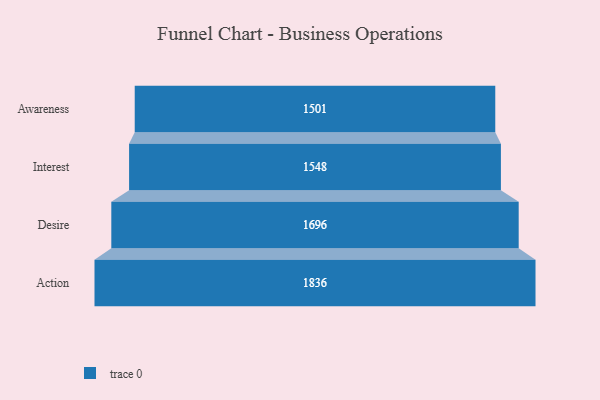
{"axis": {"x": "Stage", "y": "Value"}, "legend": [""], "data": [{"x": "Awareness", "y": 1501.0, "type": ""}, {"x": "Interest", "y": 1548.0, "type": ""}, {"x": "Desire", "y": 1696.0, "type": ""}, {"x": "Action", "y": 1836.0, "type": ""}]}